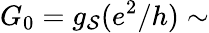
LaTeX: G_{0}=g_{\mathcal{S}}(e^{2}/h)\sim